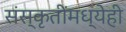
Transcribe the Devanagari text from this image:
संस्कृतींमध्येही